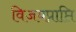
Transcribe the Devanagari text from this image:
विजयप्राप्ति